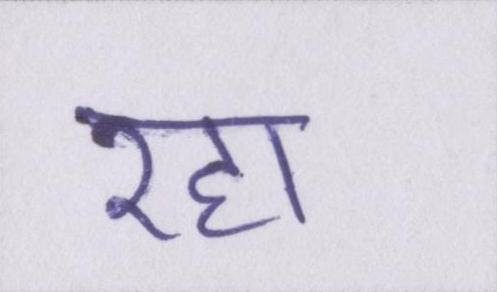
रहा